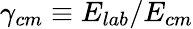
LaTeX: \gamma_{cm}\equiv E_{lab}/E_{cm}